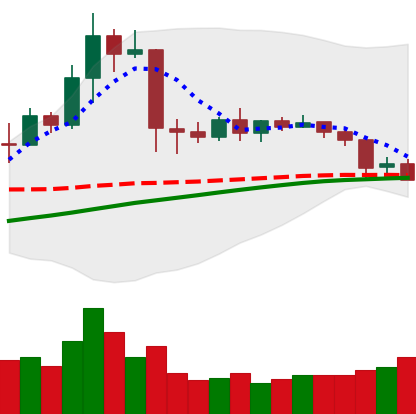
Ticker: TRX-USD
Chart end date: 2019-04-23
Forward return: -3.576%
Label: down_3_5